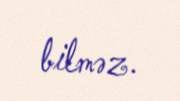
bilməz.